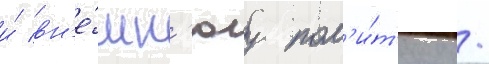
и́ вн'е́шн'юу пол'и́т'ику /